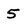
Character: 5